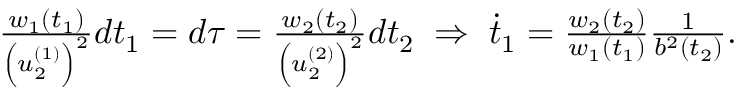
\begin{array} { r } { \frac { w _ { 1 } ( t _ { 1 } ) } { \left( u _ { 2 } ^ { ( 1 ) } \right) ^ { 2 } } d t _ { 1 } = d \tau = \frac { w _ { 2 } ( t _ { 2 } ) } { \left( u _ { 2 } ^ { ( 2 ) } \right) ^ { 2 } } d t _ { 2 } \; \Rightarrow \; \dot { t } _ { 1 } = \frac { w _ { 2 } ( t _ { 2 } ) } { w _ { 1 } ( t _ { 1 } ) } \frac { 1 } { b ^ { 2 } ( t _ { 2 } ) } . } \end{array}